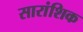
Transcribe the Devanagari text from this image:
सारांशिक